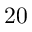
2 0